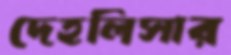
দেহলিসার